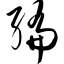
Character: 编